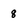
Character: 8